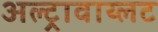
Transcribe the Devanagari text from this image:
अल्ट्रावाय्लट